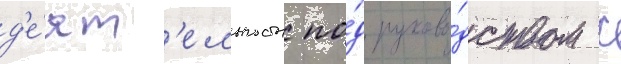
д'е́ят'ельность по́д руково́дством с